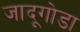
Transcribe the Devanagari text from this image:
जादूगोडा